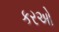
કરઓ